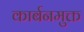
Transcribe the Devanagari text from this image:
कार्बनमुक्त